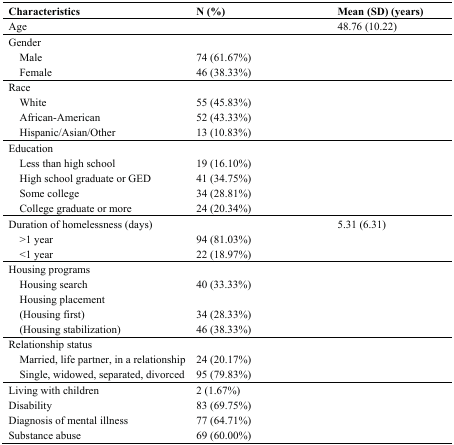
<table><thead><tr><td><b>Characteristics</b></td><td><b>N (%)</b></td><td><b>Mean (SD) (years)</b></td></tr></thead><tbody><tr><td>Age</td><td></td><td>48.76 (10.22)</td></tr><tr><td>Gender</td><td></td><td></td></tr><tr><td> Male</td><td>74 (61.67%)</td><td></td></tr><tr><td> Female</td><td>46 (38.33%)</td><td></td></tr><tr><td>Race</td><td></td><td></td></tr><tr><td> White</td><td>55 (45.83%)</td><td></td></tr><tr><td> African-American</td><td>52 (43.33%)</td><td></td></tr><tr><td> Hispanic/Asian/Other</td><td>13 (10.83%)</td><td></td></tr><tr><td colspan="3">Education</td></tr><tr><td> Less than high school</td><td>19 (16.10%)</td><td></td></tr><tr><td> High school graduate or GED</td><td>41 (34.75%)</td><td></td></tr><tr><td> Some college</td><td>34 (28.81%)</td><td></td></tr><tr><td> College graduate or more</td><td>24 (20.34%)</td><td></td></tr><tr><td>Duration of homelessness (days)</td><td></td><td>5.31 (6.31)</td></tr><tr><td> &gt;1 year</td><td>94 (81.03%)</td><td></td></tr><tr><td> &lt;1 year</td><td>22 (18.97%)</td><td></td></tr><tr><td>Housing programs</td><td></td><td></td></tr><tr><td> Housing search</td><td>40 (33.33%)</td><td></td></tr><tr><td> Housing placement</td><td></td><td></td></tr><tr><td> (Housing first)</td><td>34 (28.33%)</td><td></td></tr><tr><td> (Housing stabilization)</td><td>46 (38.33%)</td><td></td></tr><tr><td>Relationship status</td><td></td><td></td></tr><tr><td> Married, life partner, in a relationship</td><td>24 (20.17%)</td><td></td></tr><tr><td> Single, widowed, separated, divorced</td><td>95 (79.83%)</td><td></td></tr><tr><td>Living with children</td><td>2 (1.67%)</td><td></td></tr><tr><td>Disability</td><td>83 (69.75%)</td><td></td></tr><tr><td>Diagnosis of mental illness</td><td>77 (64.71%)</td><td></td></tr><tr><td>Substance abuse</td><td>69 (60.00%)</td><td></td></tr></tbody></table>